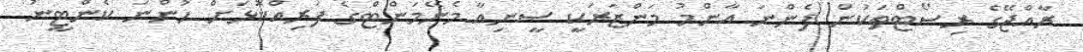
ރާއްޖޭގެ ރިސޯޓްތަކުން ފެންނަ އާންމު މަންޒަރަކީ ސީނިއާ މެނޭމަންޓްގެ ފަރިއްކޮޅަށް ހުންނަ ކެންޓީނު